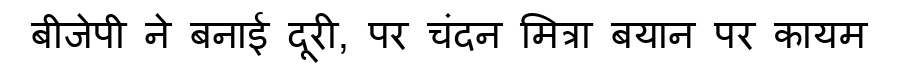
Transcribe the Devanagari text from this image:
बीजेपी ने बनाई दूरी, पर चंदन मित्रा बयान पर कायम